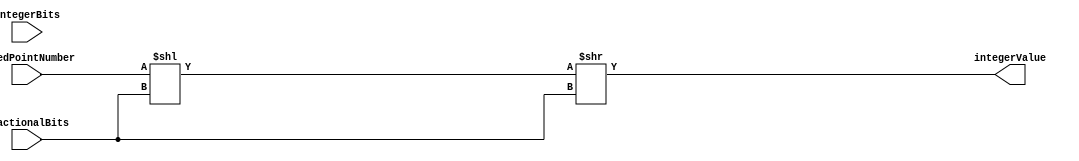
module FixedPointConverter(
    input [31:0] fixedPointNumber,
    input integerBits,
    input fractionalBits,
    output reg [31:0] integerValue
);

reg [31:0] multiplicationResult;
reg [31:0] divisionResult;

assign multiplicationResult = fixedPointNumber << fractionalBits;

always @(*) begin
    divisionResult = multiplicationResult >> fractionalBits;
    integerValue = divisionResult;
end

endmodule